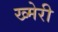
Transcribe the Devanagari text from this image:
ख्मेरी